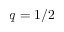
q = 1 / 2